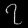
Digit: ၇